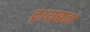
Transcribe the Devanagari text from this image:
द्रव्यबळ